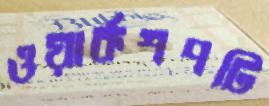
ওয়ার্কশপটি